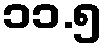
၁၁.၅